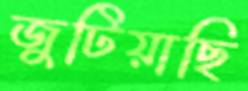
জুটিয়াছি